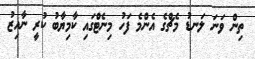
ތިން ވަނަ ލަނޑު މެޗްގެ އެންމެ ފަހު މިނެޓްގައި ކާމިޔާބު ކުރީ ނާއިޒު